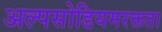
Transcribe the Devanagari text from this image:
अल्पसोडियमरक्तता